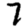
Digit: 7